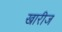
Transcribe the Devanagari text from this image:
खारीज